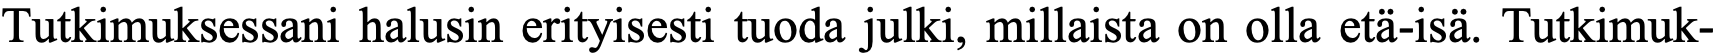
Tutkimuksessani halusin erityisesti tuoda julki, millaista on olla etä-isä. Tutkimuk-